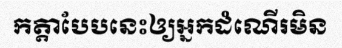
កត្តាបែបនេះឲ្យអ្នកដំណើរមិន